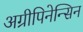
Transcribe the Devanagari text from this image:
अग्रीपिनेन्सिन